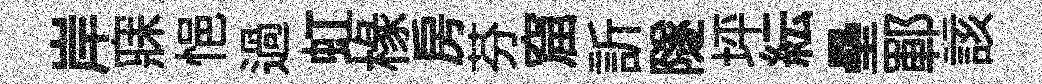
岸寐悒過虹椽房芬窟訢隧坪紜壘鄆該